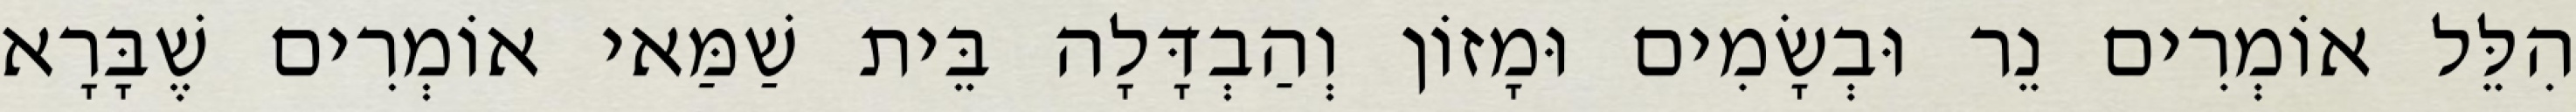
הִלֵּל אוֹמְרִים נֵר וּבְשָׂמִים וּמָזוֹן וְהַבְדָּלָה בֵּית שַׁמַּאי אוֹמְרִים שֶׁבָּרָא